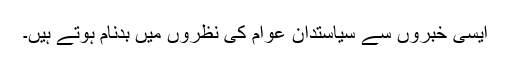
ایسی خبروں سے سیاستدان عوام کی نظروں میں بدنام ہوتے ہیں۔